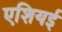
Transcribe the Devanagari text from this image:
एशियई